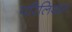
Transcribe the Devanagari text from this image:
परिलिखत